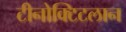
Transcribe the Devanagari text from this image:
टीनोक्टिटलान